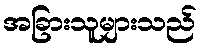
အခြားသူများသည်